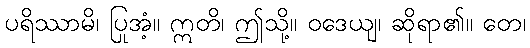
ပရိဿာမိ၊ ပြုအံ့။ ဣတိ၊ ဤသို့။ ဝဒေယျ၊ ဆိုရာ၏။ တေ၊